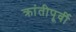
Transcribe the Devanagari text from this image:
क्रांतीपूर्वी